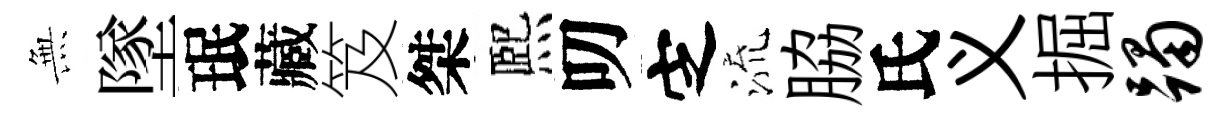
𭴾墜珉藏笈桀熈叨㝎流脇氏义掘躅